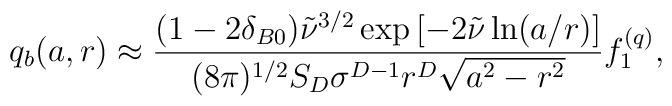
q_b(a,r)\approx \frac{(1-2\delta _{B0})\tilde \nu ^{3/2}\exp\left[ -2  \tilde \nu \ln(a/r)\right] }{(8\pi )^{1/2}S_D\sigma  ^{D-1}r^D\sqrt{a^2-r^2}}f_1^{(q)},